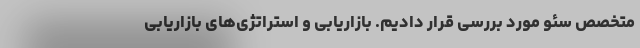
متخصص سئو مورد بررسی قرار دادیم. بازاریابی و استراتژی‌های بازاریابی